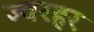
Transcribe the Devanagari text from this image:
ज्वरहर